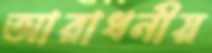
আরাধনীয়